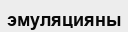
эмуляцияны